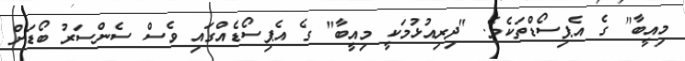
މިއީބާ" ގެ އެޕިސޯޑްތަކެވެ. "ދިރިއުޅުމަކީ މިއީބާ" ގެ އެޕިސޯޑެއްގައި ވެސް ސެންސަރު ބޯޑަށް